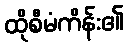
ထိုစီမံကိန်း၏